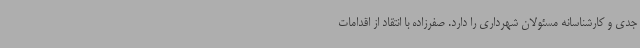
جدی و کارشناسانه مسئولان شهرداری را دارد. صفرزاده با انتقاد از اقدامات